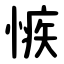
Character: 愱